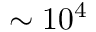
\sim 1 0 ^ { 4 }